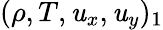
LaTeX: (\rho,T,\mathit{u}_{x},\mathit{u}_{y})_{1}